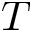
T